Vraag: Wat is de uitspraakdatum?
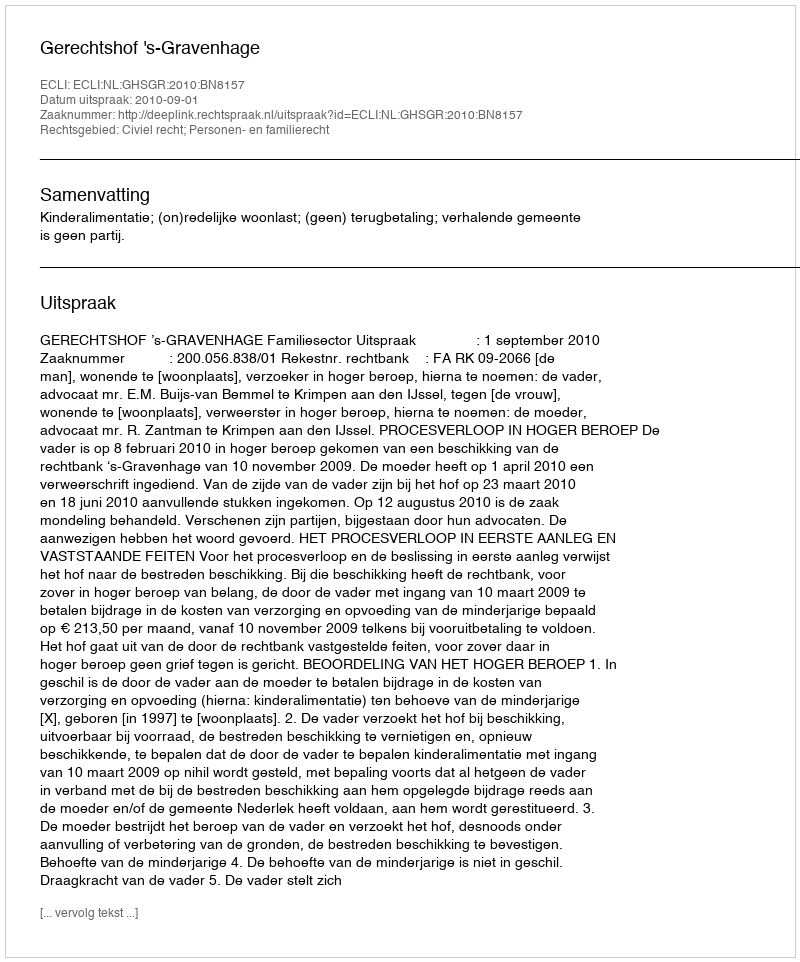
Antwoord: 2010-09-01